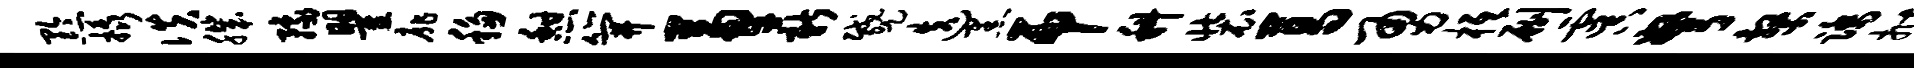
黔橇佚肌豫瞿扉移憩笄兼薪蹙迭黑吊科装葛勇柢劂虞弩系踏拊